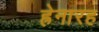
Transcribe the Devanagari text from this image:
ह्रेनारह